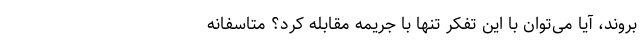
بروند، آیا می‌توان با این تفکر تنها با جریمه مقابله کرد؟ متاسفانه